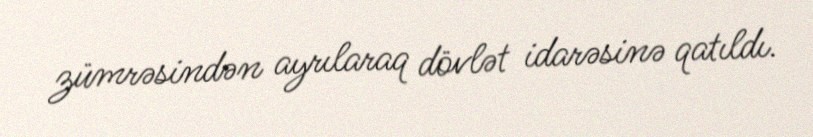
zümrəsindən ayrılaraq dövlət idarəsinə qatıldı.